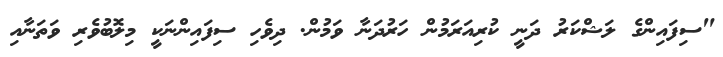
"ސިފައިންގެ ލަޝްކަރު ދަނީ ކުރިއަރަމުން ހަރުދަނާ ވަމުން. ދިވެހި ސިފައިންނަކީ މިލޮބުވެރި ވަތަނާއި